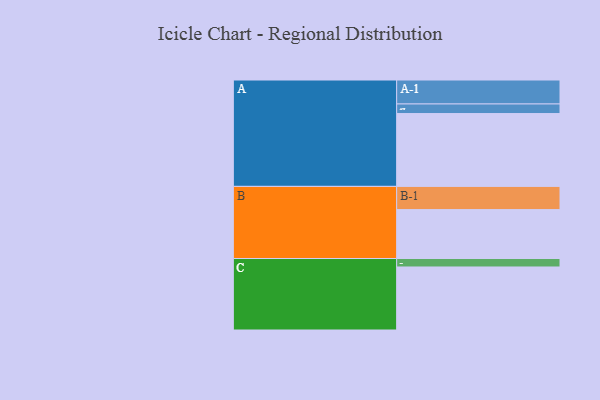
{"axis": {"x": "Segment", "y": "Value"}, "legend": ["", "A", "B", "C"], "data": [{"x": "A", "y": 593, "type": ""}, {"x": "B", "y": 398, "type": ""}, {"x": "C", "y": 513, "type": ""}, {"x": "A-1", "y": 195, "type": "A"}, {"x": "A-2", "y": 78, "type": "A"}, {"x": "B-1", "y": 189, "type": "B"}, {"x": "C-1", "y": 69, "type": "C"}]}